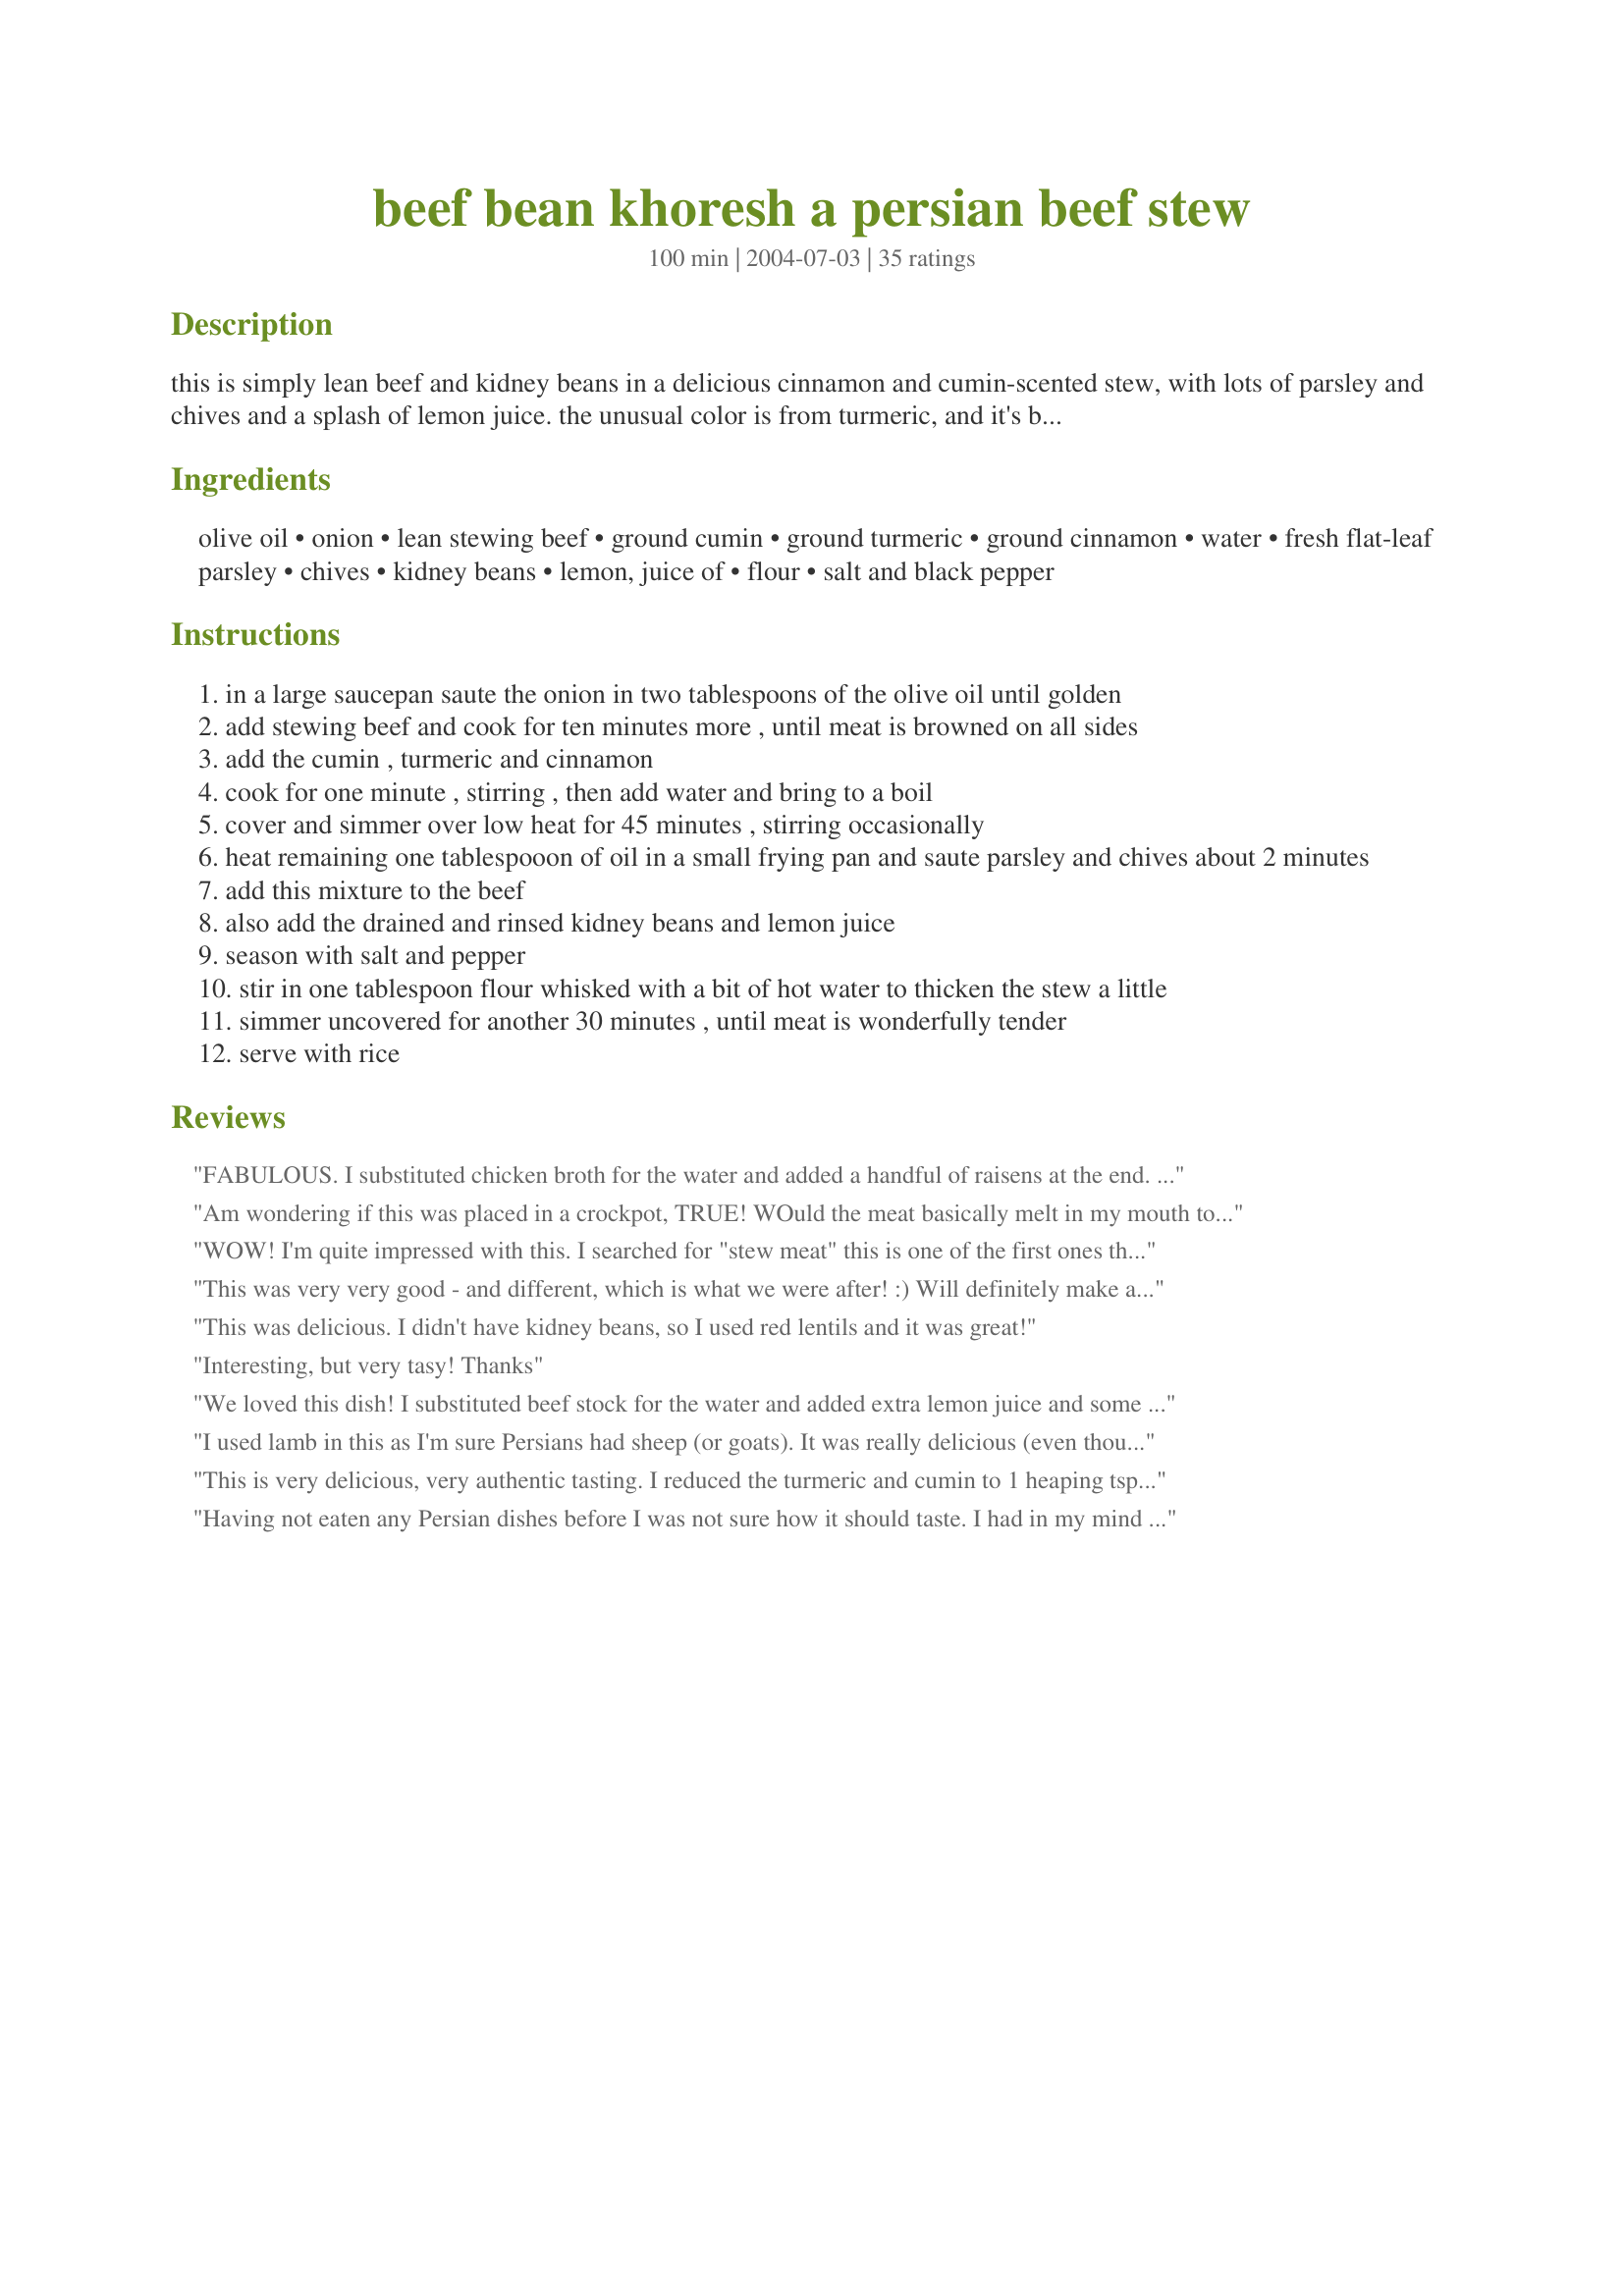
beef bean khoresh a persian beef stew
Preparation time: 100 minutes

this is simply lean beef and kidney beans in a delicious cinnamon and cumin-scented stew, with lots of parsley and chives and a splash of lemon juice. the unusual color is from turmeric, and it's best served with rice.

Ingredients:
olive oil, onion, lean stewing beef, ground cumin, ground turmeric, ground cinnamon, water, fresh flat-leaf parsley, chives, kidney beans, lemon, juice of, flour, salt and black pepper

Steps:
in a large saucepan saute the onion in two tablespoons of the olive oil until golden
add stewing beef and cook for ten minutes more , until meat is browned on all sides
add the cumin , turmeric and cinnamon
cook for one minute , stirring , then add water and bring to a boil
cover and simmer over low heat for 45 minutes , stirring occasionally
heat remaining one tablespooon of oil in a small frying pan and saute parsley and chives about 2 minutes
add this mixture to the beef
also add the drained and rinsed kidney beans and lemon juice
season with salt and pepper
stir in one tablespoon flour whisked with a bit of hot water to thicken the stew a little
simmer uncovered for another 30 minutes , until meat is wonderfully tender
serve with rice

Reviews:
FABULOUS. I substituted chicken broth for the water and added a handful of raisens at the end. YUMMIE! Serve OVER rice. Followed directions until #4, then I transfered to a crock pot and cooked on high for several hours, returning to a pot before adding flour mixture. Meat was SUPER tender! Hint: Make sure to add plenty of salt and pepper, as this really brings out the flavors (bland without).
Am wondering if this was placed in a crockpot, TRUE!
WOuld the meat basically melt in my mouth too!
Can only try, as this recipe looks GREAT!
Look forward to how will rate!
Cheers!
WOW! I'm quite impressed with this. I searched for "stew meat" this is one of the first ones that came up. I used 1 cup of veggie broth in place of the water. At the end, I added a drizzle of honey and a handful of raisins. I love the way the flavors all come together. Next time I may use green onions as chives were a little pricey and didn't seem to make too much of a difference in the flavor. Served over brown rice. Thanks for sharing!
This was very very good - and different, which is what we were after! :) Will definitely make again, though I'd cut down on the liquid a bit, maybe use chicken or beef broth as suggested in other reviews. Other than that, would not change. Served with rice, would also try with couscous.
This was delicious. I didn't have kidney beans, so I used red lentils and it was great!
Interesting, but very tasy! Thanks
We loved this dish! I substituted beef stock for the water and added extra lemon juice and some dried chili pepper flakes. We'll definitely make this again. Thanks!
I used lamb in this as I'm sure Persians had sheep (or goats). It was really delicious (even though I resisted putting some garlic and chilli in it;-) ). I was tempted not to fry the parsley and chives, but I do like to try to follow a recipe pretty much the first time. Not sure what frying it did, but the end result was excellent. I hate flour thickened sauces, so didn't do that bit and it was fine. Great over rice, and we had a simple salad of tomatoes, cucumber, red onion, lemon juice and salt to go with it.
This is very delicious, very authentic tasting. I reduced the turmeric and cumin to 1 heaping tsp each, used 2 cans of kidney beans to stretch the meat, added a lot of black pepper in the end, and used only half a large lemon for about 1 tbs of juice. I didn't add flour because the sauce reduced well to the right consistency. These were good changes that I will repeat. Next time I will probably soak dry red beans myself (the night before) because I think the texture will be better than canned beans. I made this to go along with a cornbread craving I was having, and it was actually a great combination with "Real Southern Cornbread" #51550! It's a nice twist on cornbread and beans.
Having not eaten any Persian dishes before I was not sure how it should taste. I had in my mind a stew that has been the staple of the Persian table for centuries. This recipe fit the bill. It was like eating a piece of history. Next time I am going to bake a good hearty bread to serve with it. I used brown rice and ladled the stew over it.
This is definitely Ghormeh Sabzi! I'm glad to see people try this dish. The classic recipe does NOT have cinnamon and just a bit of cumin, maybe 1/4 teaspoon. There is usually waaaay more greens, including fenugreek. At least a whole bunch of Italian or regular parsley, and it should all be fried before being added, which gives it a desirable darker look and more flavor. But all in all, great recipe for the brave and adventurous souls out there who are unfamiliar with Persian cuisine.
Wow. The flavors are realy interesting and exotic. I love cinnamon in savory dishes.
Thanks for posting this exotic and delicious dish. I looked through all your recipes. It is great to get a new perspective on foods as I am in USA the Australian perspective is really fresh. Thanks,
hi, this is the first rating i have left since joining, and what a great recipe to start with. 
this recipe was easy to follow, and the aroma, oh the aroma!! i could smell it in every room in the house, it was beautiful. instead of the flour as a thickening agent i added some lentils during the first phase of simmering, it gave the whole thing a great texture, the whole family want me to make this again, thanks for the recipe.
We ended up doubling this recipe as we had bought 2 lbs of ground beef. This meal was *okay*, but I don't think that we will make it again. My husband felt that the beef was a little bit dry. We followed the recipe essentially as is, except we used dried chives (6 tsp. [remember we doubled it]), and we used 8 tablespoons lemon juice from a bottle, instead of fresh lemon juice. No flour was added. This meal was okay, but we probably won't make it again.
lovely
persian food is highly underrated
more recipes please!
i loved it! i've been trying all kinds of persian dishes and this is one the best! yum-o!
This really was an outstanding meal - full of flavor, i followed it exactly - but did not add quite so much water and I did not need to thicken it.... Its not often that I give guests an untried recipe... but having cooked it the day before, i knew that it was great... thanks so much for posting
This was excellent. I followed it all the way except adding flour, I didn't not think it needed it. Very nice, I will make this again.
WOW! What a wonderful combination of flavours. This is definitly one for the recipe book. After reading the other reviews decided to add garlic, honey and a pinch of hot cayanne as well as a generous amount of fresh ground black pepper. Very tasty.
This was delicious! I will defintely make this dish again. I didn't have turmeric on hand. (thought I did...so I searched on-line for spice substitutes) Recommendations included leaving the spice out altogether or substituting equal amounts of ground mustard. I chose to substitute with ground mustard...but only with 1 teaspoon instead of 2. I also used 1 1/2 cups of water and 1 cup beef broth. I disagree with reviewers that said the water content was too much. I did thicken the broth using cornstarch instead of flour. The cornstarch container recommended using 1/2 of the measurements called for when flour is the listed ingredient used to thicken a broth. I guess those who said they would cut down on the water enjoy their stews with more of a gravy type of sauce. This dish was served over brown rice. We liked eating it more like a soup. So you'd want a lot of broth in that case. The flavors were perfect. Because I didn't use turmeric, the broth had a more clear consistency...no orangey color.
A flavorful stew! Very tasty but the meat was not as tender as I thought it was going to be so next time I'll try to make it in the slow cooker. Thanks for posting!
I like this recipe. I followed exactly except I didn't use flour to thicken the sauce. I served this with rice. Next time I am going to use lamb or goat. An easy recipe to make. Thank you.
This is one of those recipes that had me worried but came good in the end! When I found it I already had some stewing beef marinating in lemon juice and this looked like the perfect thing to make with it. It was wonderfully fragrant all through the cooking but the sauce had me concerned -- it didn't seem to have any depth and was very acid from the lemon juice. Thankfully when I got down to the last 30 minutes of cooking it really came together. Obviously I did not add any more lemon juice as mine went in with the beef at the start but I did season it well with salt and pepper. The result was a rich stew achieved with very basic ingredients. Sadly we'd run out of rice (shock!) so I had to serve it with a small pasta but it was still wonderful. I can't wait to try it again with the proper side dishes.

This recipe is AMAZING! I used 2 tsp of ground curry, instead of the cumin. I also used it with venison steak cut into cubes. You can't get any leaner and healthier and if you are a curry lover you'll need to try it!
I had this recipe picked out but kept putting it off. WHY DID I WAIT? As with most of the other posters, was a little concerned as it didn't seem like it was coming together. Just wait the full time and you will be rewarded with a luscious Persian dish. Recipe #177017 a must to accompany. Thnx for posting, Angie.
I am reviewing Ghormeh Sabzi , I have my recipe from a Persian cookbook and from what I recall there is no cinnamon and no cumin(when I added it my Iranian husband said it doesn't taste like the real one becoz of it). There is a lot more herbs to it -one kg herbs was like a half dollar in Iran . The herbs are being fried then added to the onions and meat.
I made this as a fun alternative to the latino beef stews that i usually make and I loved it.The beef was very tender my fiancee on the other hand had no comment he's accustomed to mexican beef stew so I probably won't make it again.
My husband is very plebian in his tastes and very unadventuresome with food. Surprise! He gave it a thumbs up and called it a keeper. I loved it too. Easy, healthy, delicious. Company fare. I added a handful of yellow currants and a packet of stevia to sweeten it slightly.

Thanks,
Harlynne
Wonderful. It was a very hearty meal. Not spicy at all but very tasty and flavorful. All seasonings mixed well and it was a beautiful color. My husband said he'd love me to make it again. I served it with lemon slices on the side in addition to the lemon juice mixed in. Not that the dish needed it but more because we are lemon/lime fanatics. I too served it over Recipe #177017 per AuntSana's suggestion. I was also to impress my new sister in law with this beautiful unique dish. Thank you Angie.
Excellent dish..very simple..even my Persian-Armenian husband liked it...this is the first persian dish I've made (as I am Asian) and it was sooo good..next time I will serve with plain yogurt...also I will change the amount of water to just enough to cover the meat and also I think its better to thicken it with a roux... (UPDATE!!!) I have been cooking perian food alot lately, and though this is a good starting recipe, the true version of this stew is "ghormeh sabzi (for lack of better spelling). It is more traditional if you omit the cumin and cinnamon, and also to use dill and coriander (aka cilantro) in equal amounts when frying herbs to add to stew. Also be sure to chop all the herbs finely. SInce making Gormeh Sabzi, I have not gone back to making this version. THIS STEW IS NOT NOT NOT MEANT TO BE SWEET!!!!!
A lot of reviewers are saying this is Ghormeh Sabzi as opposed to Khoresh and the recipe is not authentic. I agree but it's still a fantastic base! I love the addition of cinnamon. I added ground fenugreek (no leaves or seeds available) and also added coriander (a.k.a cilantro) and celery leaves to the fried herb mix. I used lime instead of lemon and added garlic as a personal preference. Probably not an "authentic" take on this dish but I LOVED it!! Served with basmalti rice with dill and broad beans. Delicious. Thanks for posting.
This is sooo good!! I didn't have tumeric so I used curry powder instead (close enough, right?) It was the perfect level of spicyness, & the lemon gave it a nice zing. Very good recipe... will definitely make again. Thanks!!
I used a chuck roast and cooked it in my pressure cooker. I left out the chives and parsley and lemon juice. I put this over couscous and it is delicous!!!
Made as exactly written, it smelled so delicious cooking. Never had a Persian Dish before, really wish I had added other ingredients like others had, for we found it very bland, I enjoy foods with a kick to it, but my DH and boys don't so when they commented it was boring I was shocked, I would probably make it again, but would include some add-ins like others
Thank You
I had high expectations after reading the reviews, but it fell pretty flat at our house. It was pretty bland and boring. I ladled it over brown rice like others mentioned. I followed the recipe exactly, no substitutions. I am willing to eat the leftovers, but nobody else is.
